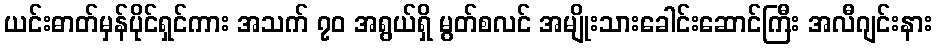
ယင်းဓာတ်မှန်ပိုင်ရှင်ကား အသက် ၇၀ အရွယ်ရှိ မွတ်စလင် အမျိုးသားခေါင်းဆောင်ကြီး အလီဂျင်းနား